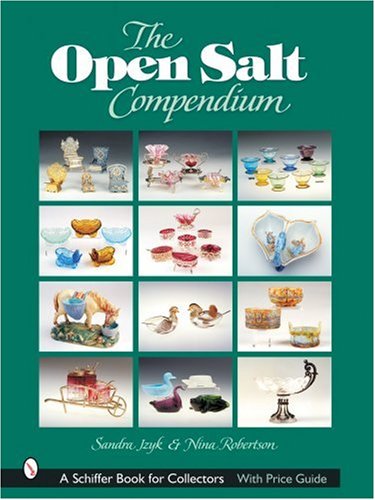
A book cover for The Open Salt Compendium (Schiffer Book for Collectors); Sandra Jzyk; Cookbooks, Food & Wine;